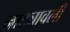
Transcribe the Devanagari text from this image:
नाट्यावली